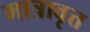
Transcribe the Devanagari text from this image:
मात्रावृत्त